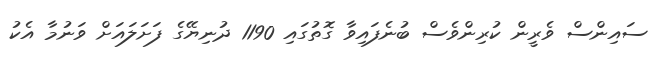
ސައިންސް ވެރީން ކުރިންވެސް ބުނެފައިވާ ގޮތުގައި 1190 ދުނިޔޭގެ ފަށަލައަށް ވަނުމާ އެކު